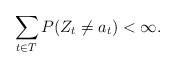
\begin{align*}\sum_{t \in T} P(Z_t \not= a_t)<\infty.\end{align*}